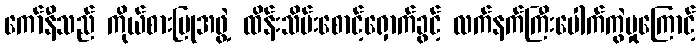
ကော်နီသည် ကိုယ်စားပြုအဖွဲ့ ထိန်းသိမ်းစောင့်ရှောက်ခွင့် လက်နက်ကြီးပေါက်ကွဲမှုကြောင့်